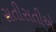
સતીસતીએ